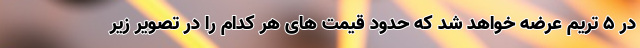
در 5 تریم عرضه خواهد شد که حدود قیمت های هر کدام را در تصویر زیر